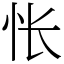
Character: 怅